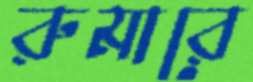
রুমারে